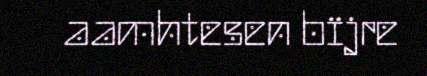
aamhtesen bïjre